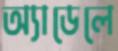
অ্যাডেলে